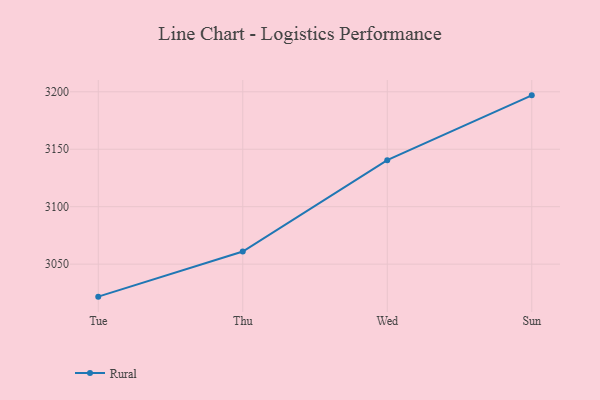
{"axis": {"x": "Day", "y": "Temperature (°C)"}, "legend": ["Rural"], "data": [{"x": "Tue", "y": 3021.7, "type": "Rural"}, {"x": "Thu", "y": 3061.0, "type": "Rural"}, {"x": "Wed", "y": 3140.5, "type": "Rural"}, {"x": "Sun", "y": 3196.9, "type": "Rural"}]}